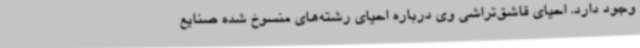
وجود دارد. احیای قاشق‌تراشی وی درباره احیای رشته‌های منسوخ شده صنایع